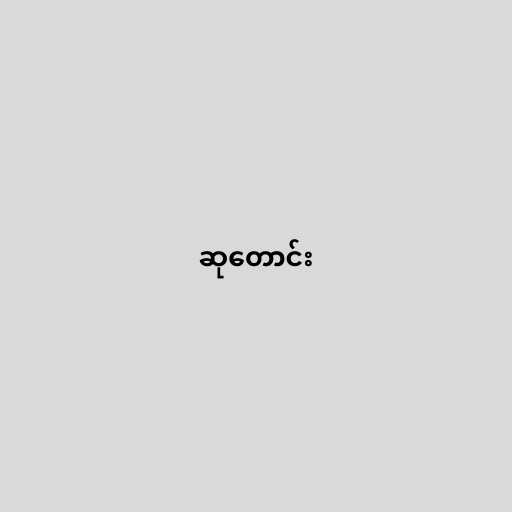
ဆုတောင်း